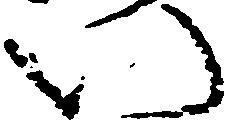
い